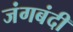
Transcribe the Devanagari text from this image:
जंगबंदी